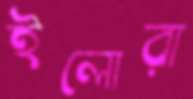
ইলোরা